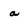
Character: a